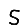
Digit: 5